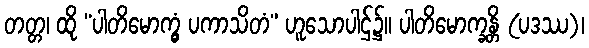
တတ္တ၊ ထို “ပါတိမောက္ခွံ ပကာသိတံ” ဟူသောပါဌ်၌။ ပါတိမောက္ခန္တိ (ပဒဿ)၊